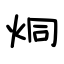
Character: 炯